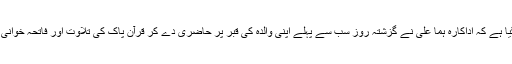
بتایاگیا ہے کہ اداکارہ ہما علی نے گزشتہ روز سب سے پہلے اپنی والدہ کی قبر پر حاضری دے کر قرآن پاک کی تلاوت اور فاتحہ خوانی کی ۔